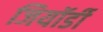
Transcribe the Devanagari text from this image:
जियॉर्डी